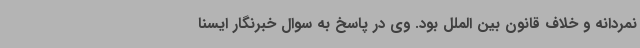
نمردانه و خلاف قانون بین الملل بود. وی در پاسخ به سوال خبرنگار ایسنا